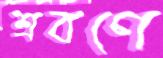
শ্রবণে